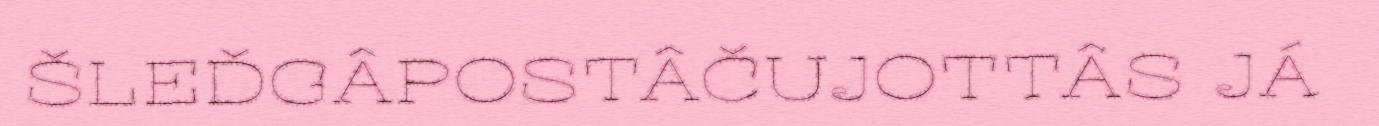
ŠLEĐGÂPOSTÂČUJOTTÂS JÁ